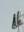
al